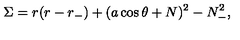
\Sigma = r ( r - r _ { - } ) + ( a \cos \theta + N ) ^ { 2 } - N _ { - } ^ { 2 } ,